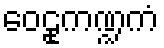
ဝေဠုကဏ္ဍကံ